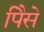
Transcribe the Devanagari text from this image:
पैिसे